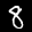
Label: 8